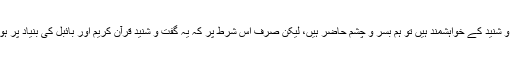
اس لیے اگر ڈاکٹر جارڈن پیٹرک باہمی غلط فہمیاں دور کرنے کے لیے مسلمان علماء سے گفت و شنید کے خواہشمند ہیں تو ہم بسر و چشم حاضر ہیں، لیکن صرف اس شرط پر کہ یہ گفت و شنید قرآن کریم اور بائبل کی بنیاد پر ہوگی، مغرب کی سیکولر لابیوں کی مذہب دشمن قراردادوں کو تسلیم کرنے کے حوالے سے نہیں۔